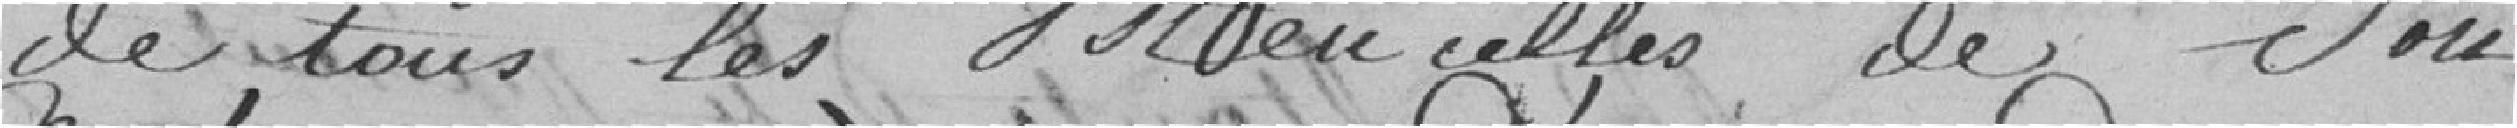
de tous les ustensiles de son